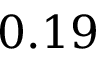
0 . 1 9